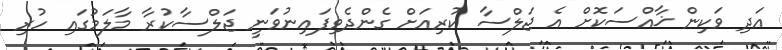
އަދި ވަކިން ޚާއްސަކޮށް އެ ޖަލްސާ ކުރިއަށް ގެންދެވިފައިނުވަނީ ޖަލްސާކުރާ މާލަމުގައި ހުރި